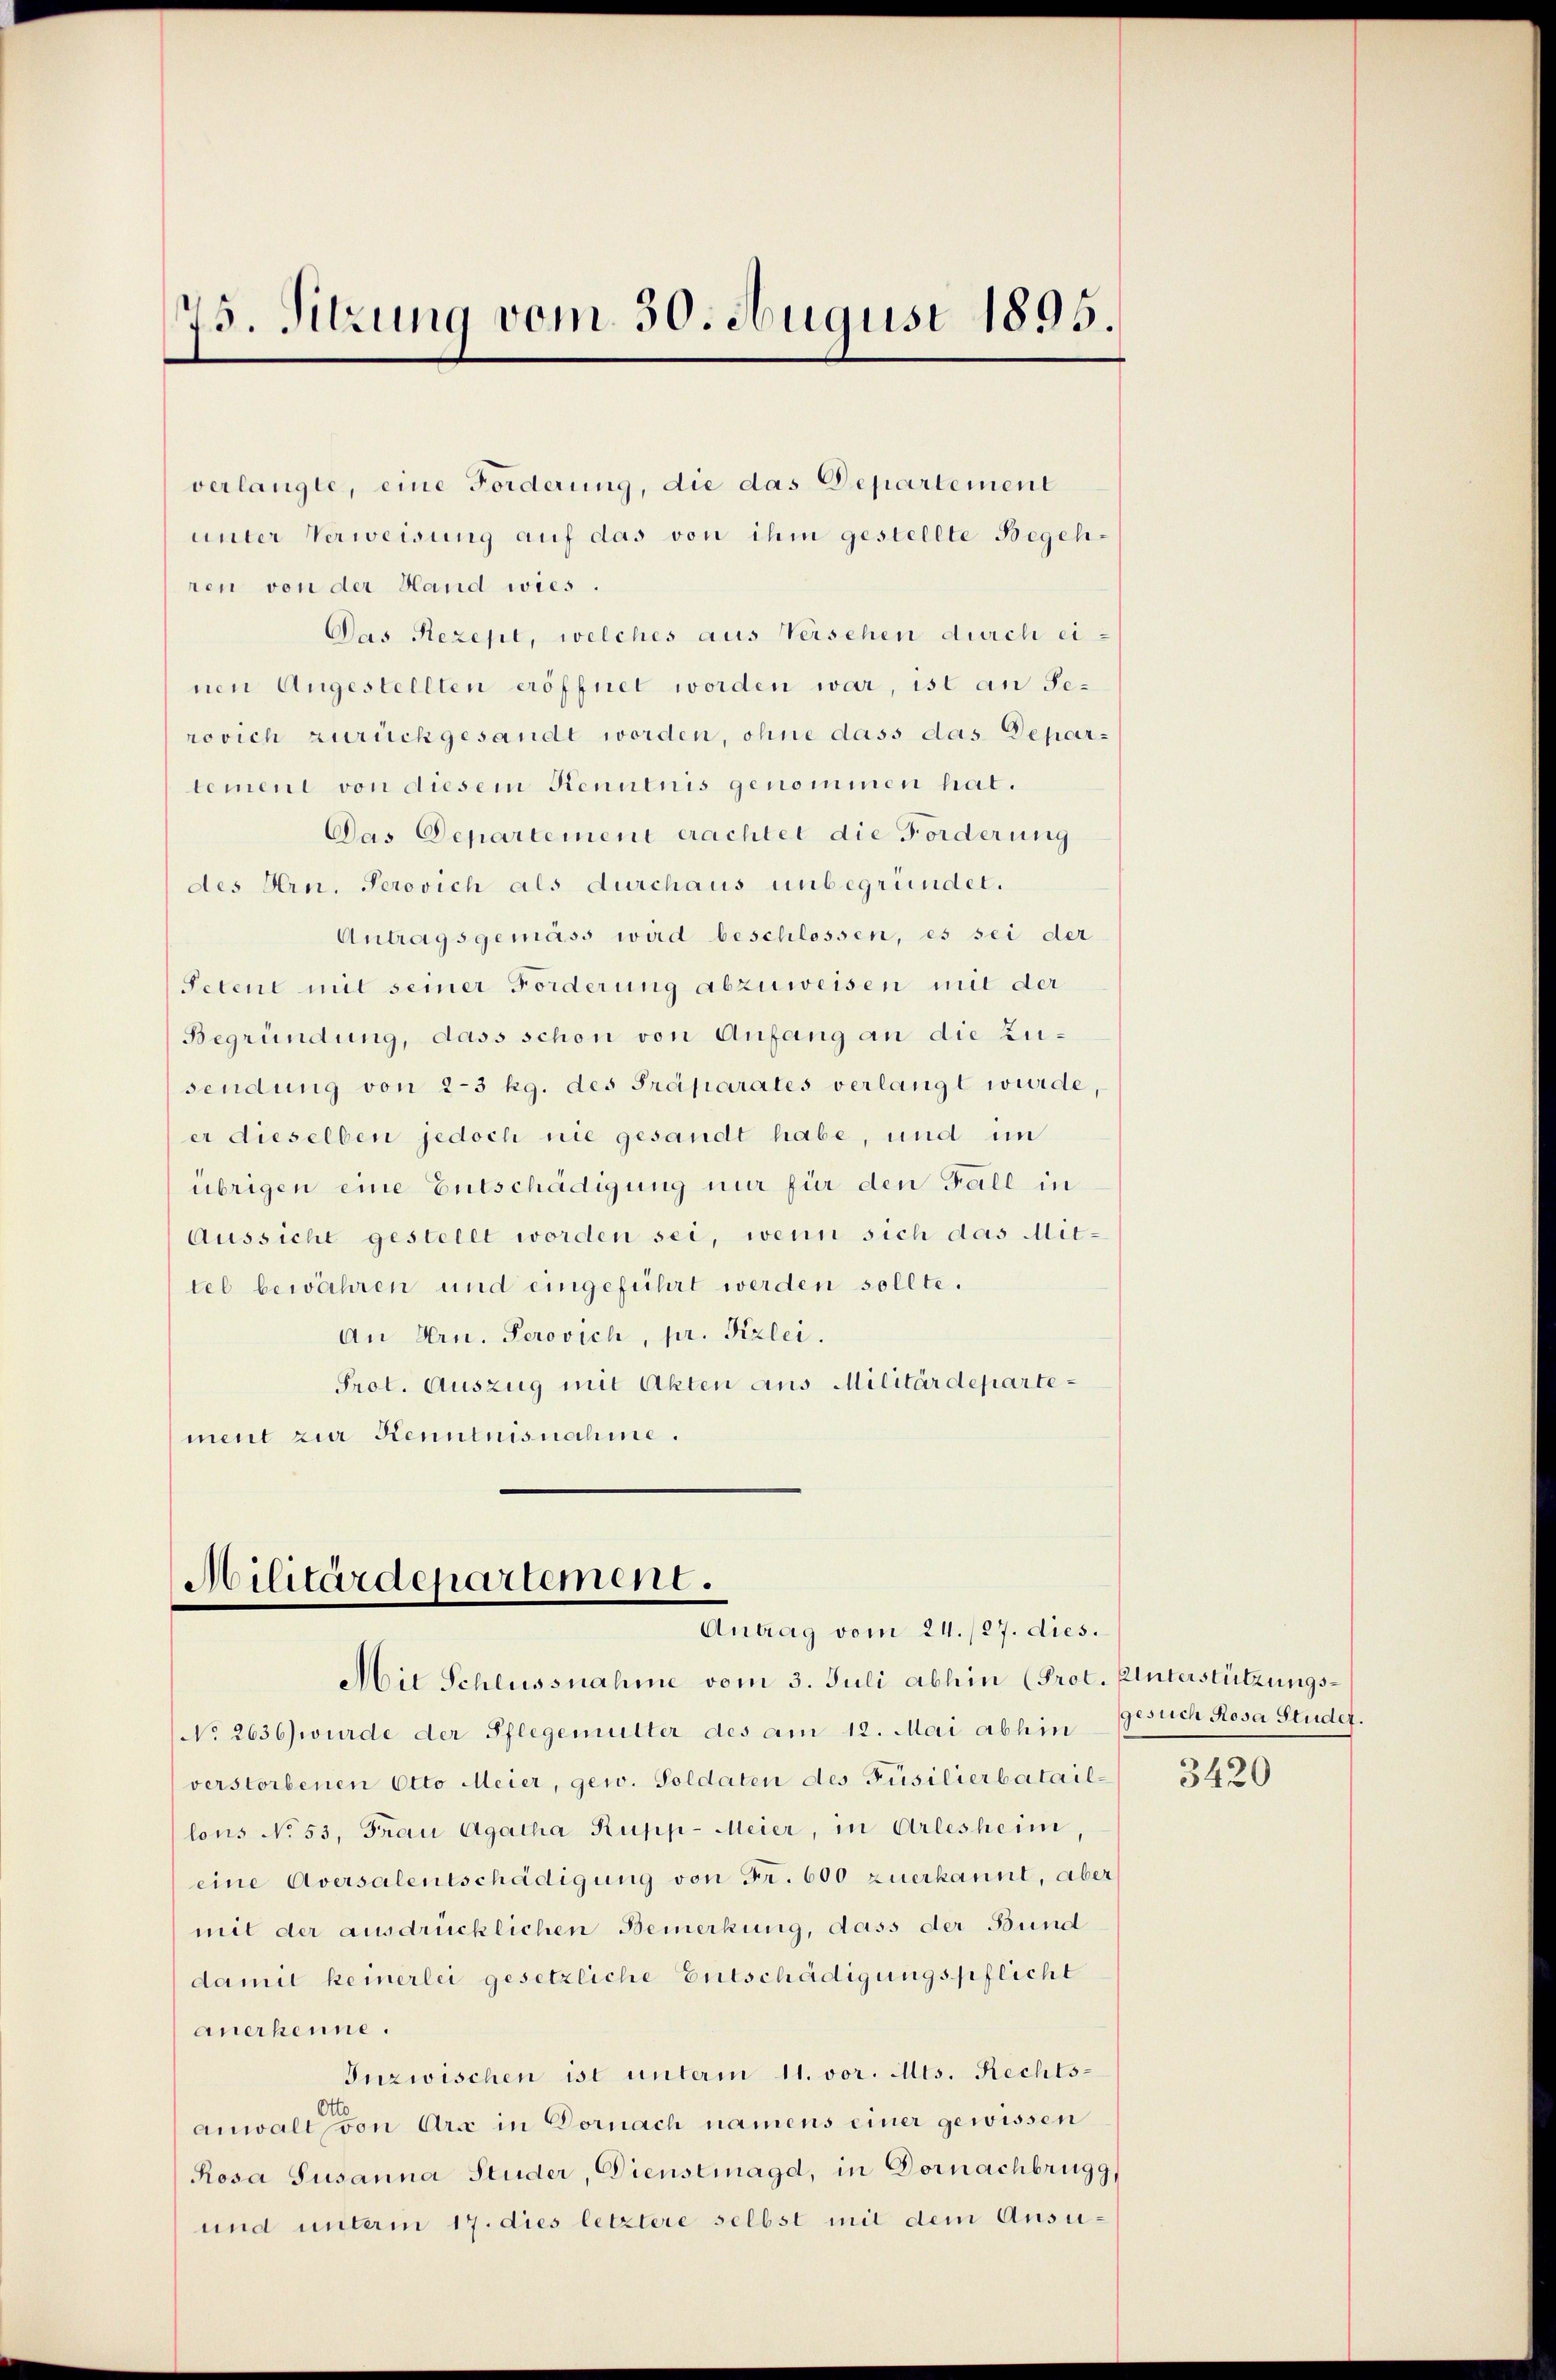
75. Sitzung vom 30. August 1895.

verlangte, eine Forderung, die das Departement
unter Verweisung auf das von ihm gestellte Begehren von der Hand wies.
Das Rezept, welches aus Versehen durch einen Angestellten eröffnet worden war, ist an Jerovich zurückgesandt worden, ohne dass das Departement von diesem Kenntnis genommen hat.
Das Departement erachtet die Forderung
des Hrn. Perovich als durchaus unbegründet.
Antragsgemäss wird beschlossen, es sei der
Petent mit seiner Forderung abzuweisen mit der
Begründung, dass schon von Anfang an die Zusendung von 2-3 kg. des Präparates verlangt wurde,
er dieselben jedoch nie gesandt habe, und im
übrigen eine Entschädigung nur für den Fall in
Aussicht gestellt worden sei, wenn sich das Mit-
tel bewähren und eingeführt werden sollte.
An Hrn. Perovich, pr. Fizlei.
Prot. Auszug mit Akten aus Militärdepartement zur Kenntnisnahme.

Militärdepartement.
Antrag vom 24. /27. dies.
Aie Schlussnahme vom 3. Juli abhin (Prot. Unterstützungs¬

No 2636) wurde der Pflegemutter des am 12. Mai abhin Gesuch Rosa Studet.
verstorbenen Otto Meier, gew. Soldaten des Füsilierbataillons No. 53, Frau Agatha Rupp-Meier, in Arlesheim,
eine Aversalentschädigung von Fr. 600 zuerkannt, aber
mit der ausdrücklichen Bemerkung, dass der Bund
damit keinerlei gesetzliche Entschädigungspflicht
anerkenne.
Inzwischen ist unterm 11. vor. Mts. Rechts-
anwalt von Arx in Dornach namens einer gewissen
Rosa Susanna Studer, Dienstmagd, in Dornachbrugg,
und unterm 17. dies letztere selbst mit dem Ansu¬

3420